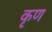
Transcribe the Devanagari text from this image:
कृण